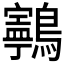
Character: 𱉂